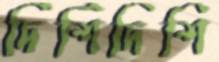
দিশিদিশি